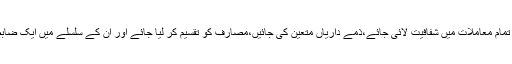
اس خرابی کو یوں دور کیا جا سکتا ہے کہ تمام معاملات میں شفافیت لائی جائے،ذمے داریاں متعین کی جائیں،مصارف کو تقسیم کر لیا جائے اور ان کے سلسلے میں ایک ضابطہ بناکر ہر ایک کو اس کا پابند کیا جائے۔